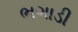
ભગાડી